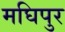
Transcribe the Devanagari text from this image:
मघिपुर